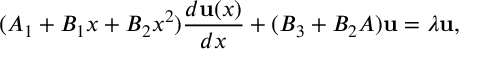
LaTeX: ( A _ { 1 } + B _ { 1 } x + B _ { 2 } x ^ { 2 } ) { \frac { d { \bf u } ( x ) } { d x } } + ( B _ { 3 } + B _ { 2 } A ) { \bf u } = \lambda { \bf u } ,